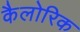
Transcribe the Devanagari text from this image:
कैलोरिक